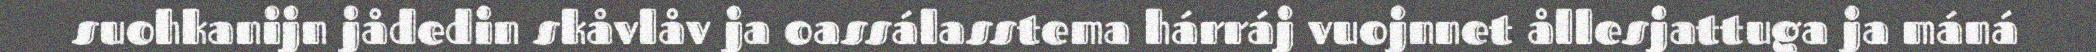
suohkanijn jådedin skåvlåv ja oassálasstema hárráj vuojnnet ållesjattuga ja máná